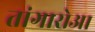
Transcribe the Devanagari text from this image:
तांगारोआ